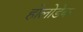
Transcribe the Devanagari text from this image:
होलोडेक